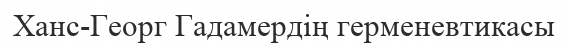
Ханс-Георг Гадамердің герменевтикасы